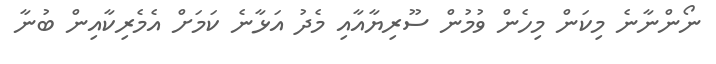
ނޯންނާނެ މިކަން މިހެން ވުމުން ސޫރިޔާއާއި މެދު އަޅާނެ ކަމަށް އެމެރިކާއިން ބުނާ